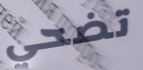
تضحي